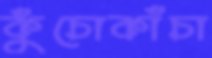
কুঁচোকাঁচা